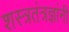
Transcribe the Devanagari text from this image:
शस्त्रतंत्रज्ञांनी